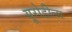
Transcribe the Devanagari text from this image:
यूरोडीला